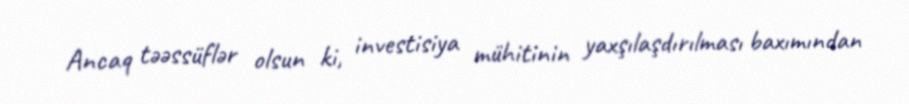
Ancaq təəssüflər olsun ki, investisiya mühitinin yaxşılaşdırılması baxımından